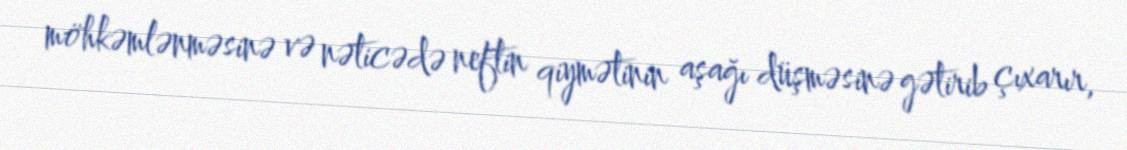
möhkəmlənməsinə və nəticədə neftin qiymətinin aşağı düşməsinə gətirib çıxarır,